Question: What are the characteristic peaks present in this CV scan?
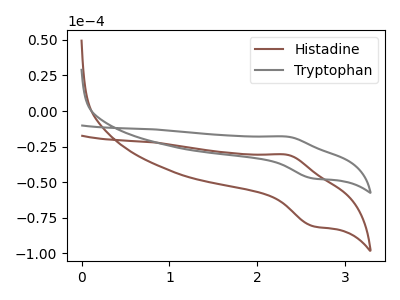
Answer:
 <answer>The brown curve "Histadine" has an anodic peak at (2.35V, -30.80uA) and a cathodic peak at (2.65V, -80.85uA). The gray curve "Tryptophan" has an anodic peak at (2.35V, -18.00uA) and a cathodic peak at (2.65V, -47.35uA).</answer>
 <eval></eval>